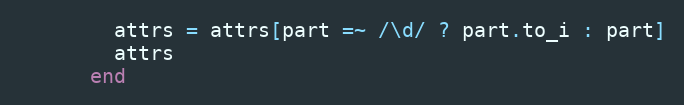
Language: Ruby
        attrs = attrs[part =~ /\d/ ? part.to_i : part]
        attrs
      end